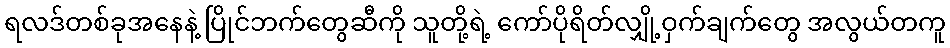
ရလဒ်တစ်ခုအနေနဲ့ ပြိုင်ဘက်တွေဆီကို သူတို့ရဲ့ ကော်ပိုရိတ်လျှို့ဝှက်ချက်တွေ အလွယ်တကူ